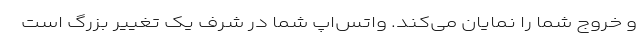
و خروج شما را نمایان می‌کند. واتس‌اپ شما در شرف یک تغییر بزرگ است